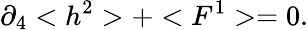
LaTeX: \partial_{4}<h^{2}>+<F^{1}>=0.